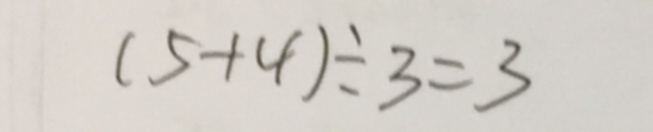
( 5 + 4 ) \div 3 = 3